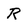
Character: R